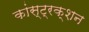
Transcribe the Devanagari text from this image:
कांस्ट्रक्शन